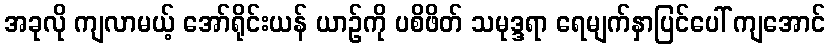
အခုလို ကျလာမယ့် အော်ရိုင်းယန် ယာဉ်ကို ပစိဖိတ် သမုဒ္ဒရာ ရေမျက်နှာပြင်ပေါ် ကျအောင်